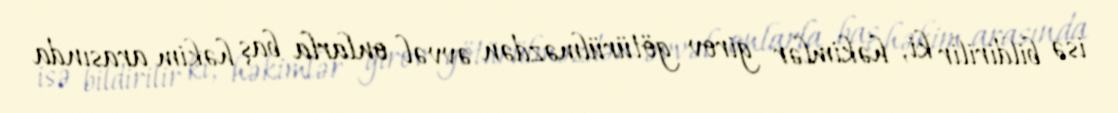
isə bildirilir ki, həkimlər girov götürülməzdən əvvəl onlarla baş həkim arasında